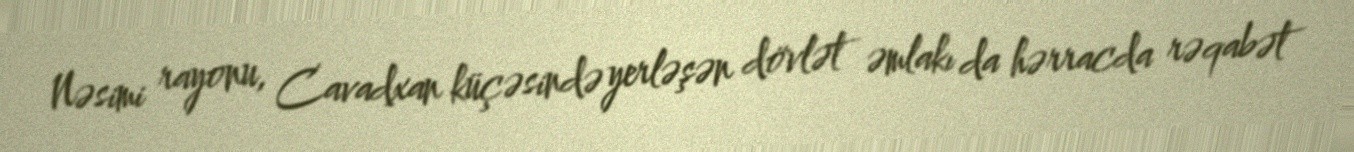
Nəsimi rayonu, Cavadxan küçəsində yerləşən dövlət əmlakı da hərracda rəqabət